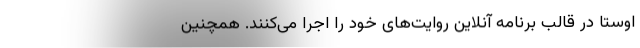
اوستا در قالب برنامه آنلاین روایت‌های خود را اجرا می‌کنند. همچنین